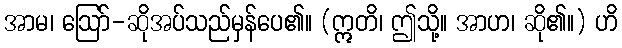
အာမ၊ ဩော်-ဆိုအပ်သည်မှန်ပေ၏။ (ဣတိ၊ ဤသို့။ အာဟ၊ ဆို၏။) ဟိ